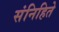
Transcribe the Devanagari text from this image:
संनिहिते